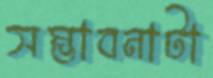
সম্ভাবনাটা